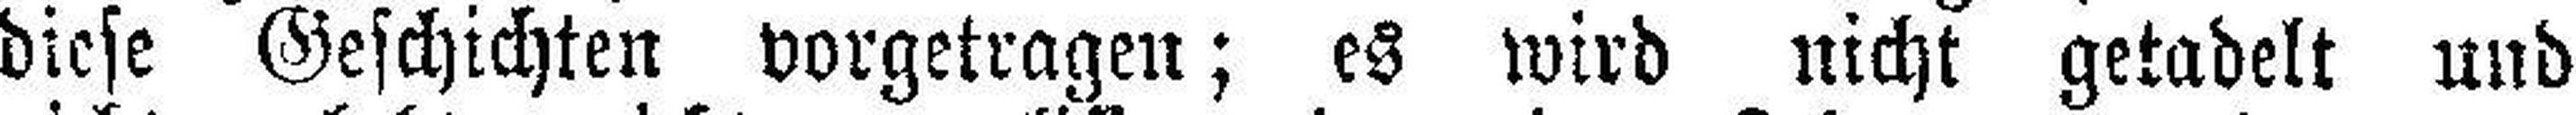
diese Geschichten vorgetragen; es wird nicht getadelt und